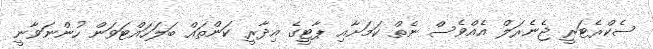
ސެކްރެޓަރީ ޖެނެރަލް އެއްވެސް ނެތް ކަމަށާއި ޕާޓީގެ އިދާރީ ކަންތައް ބަލަހައްޓަވަން ހުންނަވާނީ